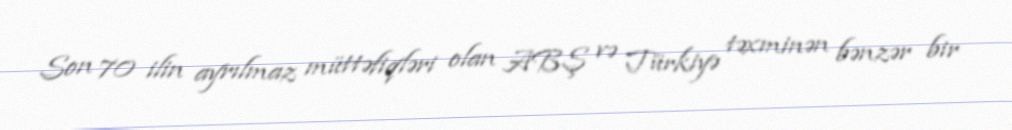
Son 70 ilin ayrılmaz müttəfiqləri olan ABŞ və Türkiyə təxminən bənzər bir